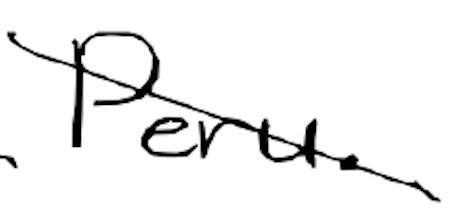
Text: Peru.
Cross-out: diagonal
Writing tool: digital_black